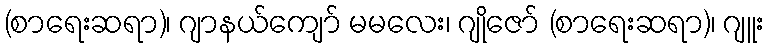
(စာရေးဆရာ)၊ ဂျာနယ်ကျော် မမလေး၊ ဂျိုဇော် (စာရေးဆရာ)၊ ဂျူး